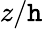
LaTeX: z/\mathtt{h}